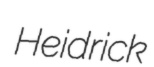
Heidrick